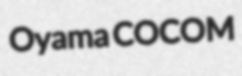
Oyama COCOM